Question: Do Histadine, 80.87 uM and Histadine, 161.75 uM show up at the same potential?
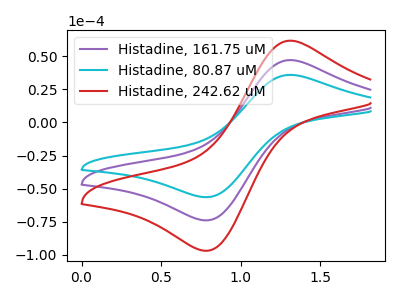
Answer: <think>The purple curve "Histadine, 161.75 uM" has an anodic peak at (1.30V, 47.20uA) and a cathodic peak at (0.75V, -73.95uA). The cyan curve "Histadine, 80.87 uM" has an anodic peak at (1.30V, 36.00uA) and a cathodic peak at (0.75V, -56.45uA). The red curve "Histadine, 242.62 uM" has an anodic peak at (1.30V, 94.40uA) and a cathodic peak at (0.75V, -147.95uA).
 All the peaks in "Histadine, 80.87 uM" have a peak in "Histadine, 161.75 uM" at the same potential. Every peak in "Histadine, 80.87 uM" is lower than every peak in "Histadine, 161.75 uM".</think>
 <answer>"Histadine, 80.87 uM" and "Histadine, 161.75 uM" are similar in shape.</answer>
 <eval>same_shape</eval>